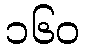
၁၆၀